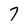
Character: 7